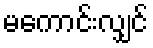
မကောင်းလျှင်